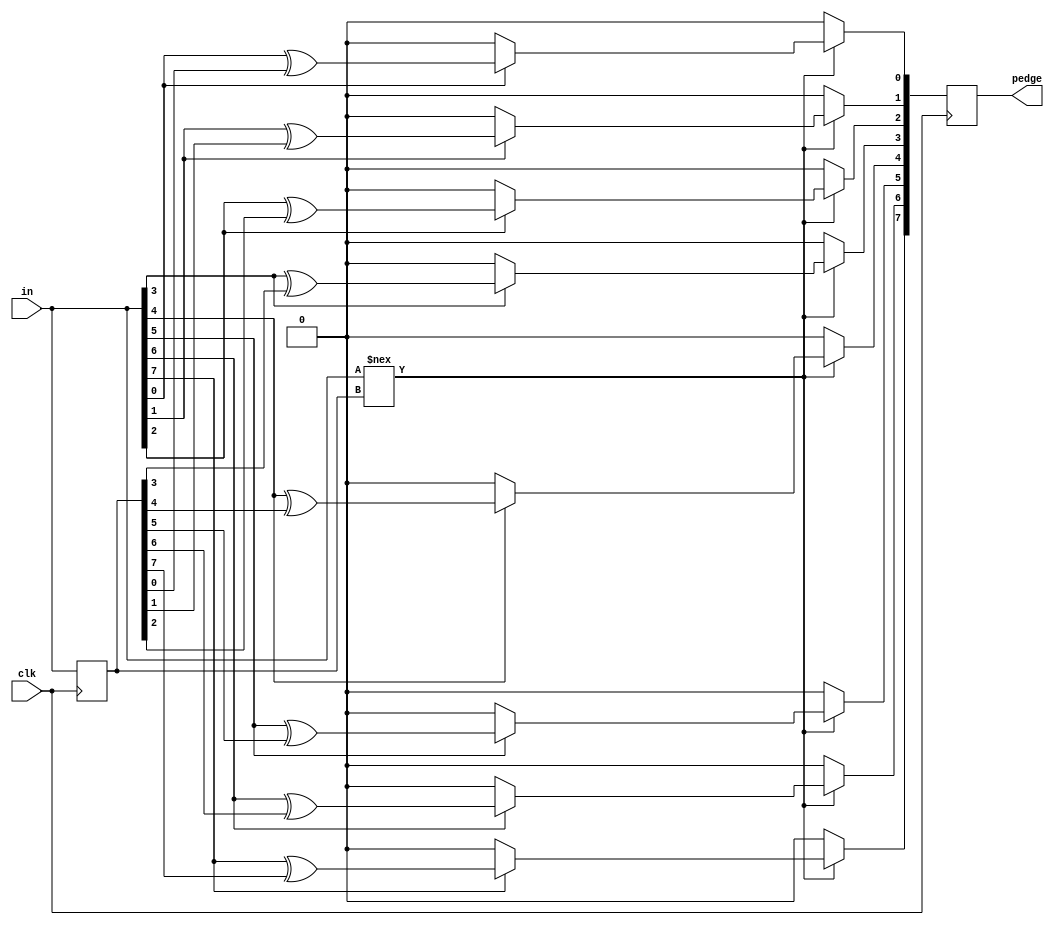
module top_module (
    input clk,
    input [7:0] in,
    output [7:0] pedge
);
    reg [7:0] in_old;
    integer i;
    initial in_old = 0;
    always @(posedge clk) begin
        if (in !== in_old) begin//벻ͬ
            for (i = 0; i < 8; i = i + 1) begin
                pedge[i] = in[i] ? in[i] ^ in_old[i] : 0;//Ϊ1λ
            end
        end
        else begin
           pedge = 0;
        end
        in_old = in;
    end
    
endmodule